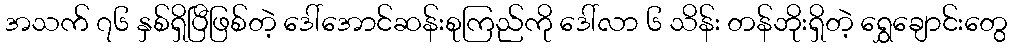
အသက် ၇၆ နှစ်ရှိပြီဖြစ်တဲ့ ဒေါ်အောင်ဆန်းစုကြည်ကို ဒေါ်လာ ၆ သိန်း တန်ဘိုးရှိတဲ့ ရွှေချောင်းတွေ